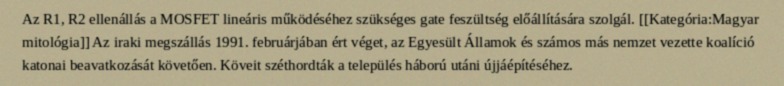
Az R1, R2 ellenállás a MOSFET lineáris működéséhez szükséges gate feszültség előállítására szolgál. [[Kategória:Magyar mitológia]] Az iraki megszállás 1991. februárjában ért véget, az Egyesült Államok és számos más nemzet vezette koalíció katonai beavatkozását követően. Köveit széthordták a település háború utáni újjáépítéséhez.